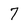
Character: 7